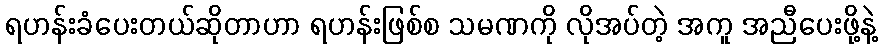
ရဟန်းခံပေးတယ်ဆိုတာဟာ ရဟန်းဖြစ်စ သမဏကို လိုအပ်တဲ့ အကူ အညီပေးဖို့နဲ့